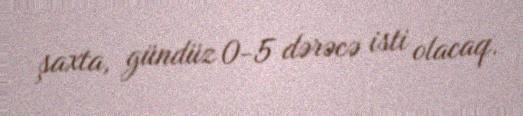
şaxta, gündüz 0-5 dərəcə isti olacaq.